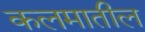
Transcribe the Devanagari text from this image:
कलमातील